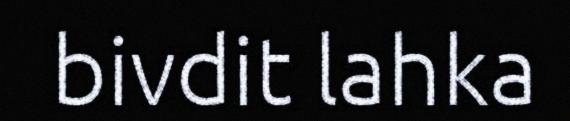
bivdit lahka